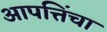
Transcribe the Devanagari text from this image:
आपत्तिंचा